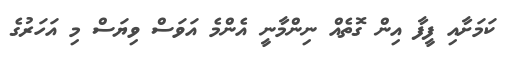
ކަމަށާއި ފީފާ އިން ގޮތެއް ނިންމާނީ އެންމެ އަވަސް ވިޔަސް މި އަހަރުގެ